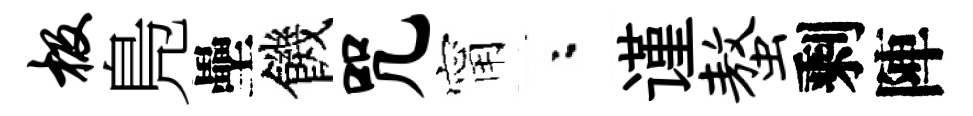
极鳬壘饑咒甯粉谨螯剩陣